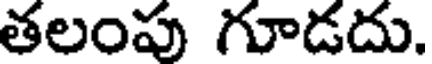
తలంపు గూడదు.